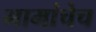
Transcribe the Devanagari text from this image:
मामांचेच